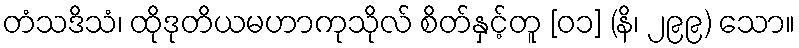
တံသဒိသံ၊ ထိုဒုတိယမဟာကုသိုလ် စိတ်နှင့်တူ [၀၁] (နိ၊ ၂၉၉) သော။